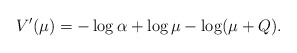
\begin{align*}V'(\mu)=-\log\alpha+\log\mu-\log(\mu+Q).\end{align*}